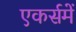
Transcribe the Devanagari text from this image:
एकर्समें